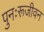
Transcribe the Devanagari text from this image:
पुनःरूजीवन